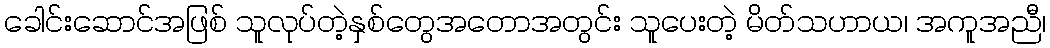
ခေါင်းဆောင်အဖြစ် သူလုပ်တဲ့နှစ်တွေအတောအတွင်း သူပေးတဲ့ မိတ်သဟာယ၊ အကူအညီ၊